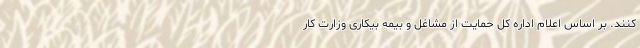
کنند. بر اساس اعلام اداره کل حمایت از مشاغل و بیمه بیکاری وزارت کار